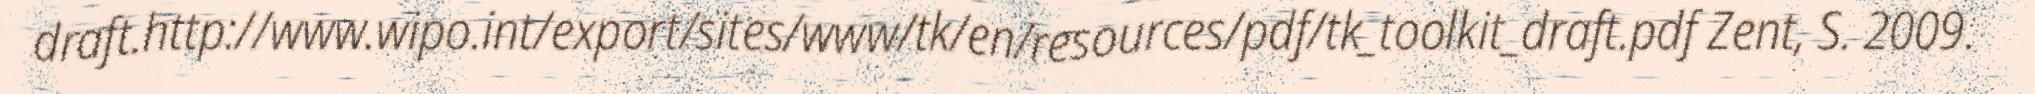
draft.http://www.wipo.int/export/sites/www/tk/en/resources/pdf/tk_toolkit_draft.pdf Zent, S. 2009.